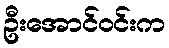
ဦးအောင်ဝင်းက